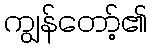
ကျွန်တော့်၏